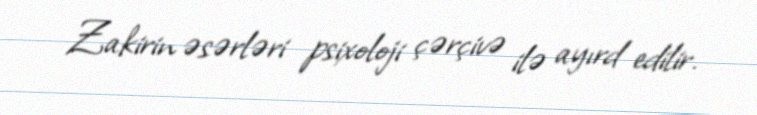
Zakirin əsərləri psixoloji çərçivə ilə ayırd edilir.